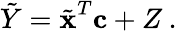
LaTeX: \tilde{Y}=\tilde{\textbf{x}}^{T}\textbf{c}+Z\: .